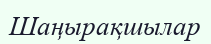
Шаңырақшылар